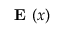
\textbf { E } ( x )